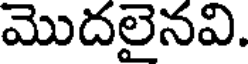
మొదలైనవి.